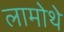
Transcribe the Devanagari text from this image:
लामोथे